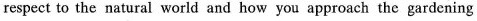
respect to the natural world and how you approach the gardening